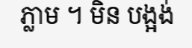
ភ្លាម ។ មិន បង្អង់